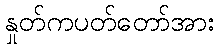
နှုတ်ကပတ်တော်အား